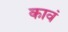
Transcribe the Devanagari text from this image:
कावं